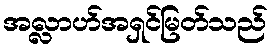
အလ္လာဟ်အရှင်မြတ်သည်